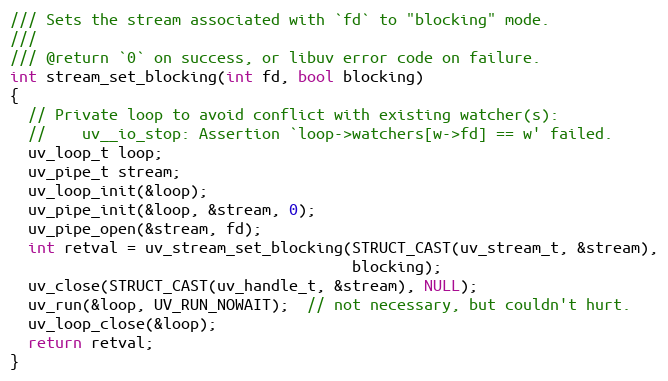
Language: C
/// Sets the stream associated with `fd` to "blocking" mode.
///
/// @return `0` on success, or libuv error code on failure.
int stream_set_blocking(int fd, bool blocking)
{
  // Private loop to avoid conflict with existing watcher(s):
  //    uv__io_stop: Assertion `loop->watchers[w->fd] == w' failed.
  uv_loop_t loop;
  uv_pipe_t stream;
  uv_loop_init(&loop);
  uv_pipe_init(&loop, &stream, 0);
  uv_pipe_open(&stream, fd);
  int retval = uv_stream_set_blocking(STRUCT_CAST(uv_stream_t, &stream),
                                      blocking);
  uv_close(STRUCT_CAST(uv_handle_t, &stream), NULL);
  uv_run(&loop, UV_RUN_NOWAIT);  // not necessary, but couldn't hurt.
  uv_loop_close(&loop);
  return retval;
}